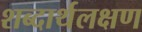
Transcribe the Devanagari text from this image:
शब्दार्थलक्षण